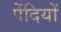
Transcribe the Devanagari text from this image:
पेंदियों